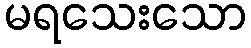
မရသေးသော